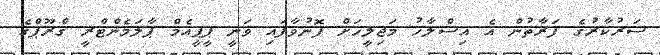
ސަރުކާރުގެ ފަރާތުން އެ އިސްލާހު މަޖިލީހަށް ފޮނުވާފައި ވަނީ ޕީޕީއެމް ޕާލަމެންޓްރީ ގްރޫޕްގެ